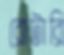
রোটারি